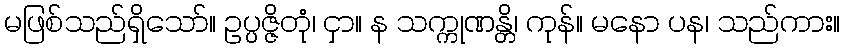
မဖြစ်သည်ရှိသော်။ ဥပ္ပဇ္ဇိတုံ၊ ငှာ။ န သက္ကုဏန္တိ၊ ကုန်။ မနော ပန၊ သည်ကား။